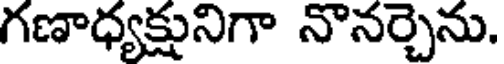
గణాధ్యక్షునిగా నొనర్చెను.